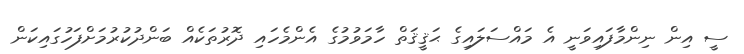
ސީ އިން ނިންމާފައިވަނީ އެ މައްސަލައިގެ ޙަޤީޤަތް ހާމަވުމުގެ އެންމެހައި ދޮރުތަކެއް ބަންދުކުރުމަށްފަހުގައިކަން